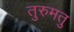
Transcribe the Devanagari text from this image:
तुरुमतु